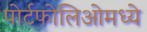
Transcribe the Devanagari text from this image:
पोर्टफोलिओमध्ये